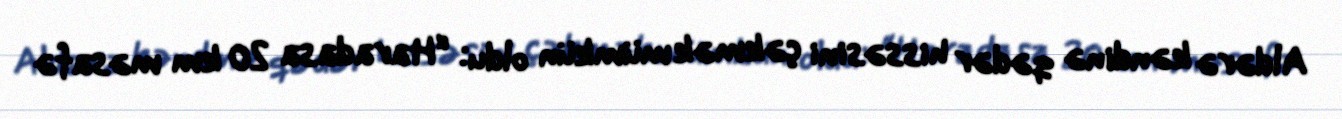
Aldərə kəndinə qədər hissəsini çəkmək mümkün oldu: “Haradasa 20 km məsafə